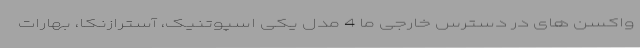
واکسن های در دسترس خارجی ما 4 مدل یکی اسپوتنیک، آسترازنکا، بهارات